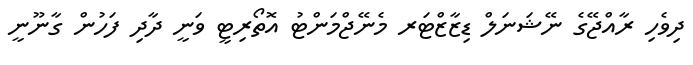
ދިވެހި ރާއްޖޭގެ ނޭޝަނަލް ޑިޒާޒްޓަރ މެނޭޖްމަންޓު އޮތޯރިޓީ ވަނީ ދާދި ފަހުން ގާނޫނީ